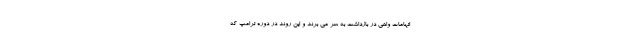
اتهامات واهی در بازداشت به سر می برند و این روند در دوره ترامپ که